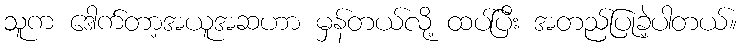
သူက ဒေါက်တာ့အယူအဆဟာ မှန်တယ်လို့ ထပ်ပြီး အတည်ပြုခဲ့ပါတယ်။